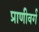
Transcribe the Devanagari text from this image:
प्राणीवर्ग